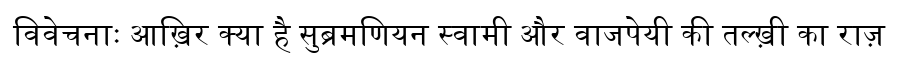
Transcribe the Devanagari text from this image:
विवेचनाः आख़िर क्या है सुब्रमणियन स्वामी और वाजपेयी की तल्ख़ी का राज़